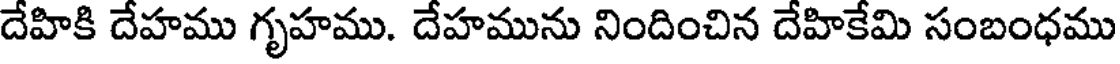
దేహికి దేహము గృహము. దేహమును నిందించిన దేహికేమి సంబంధము